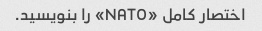
اختصار کامل «NATO» را بنویسید.